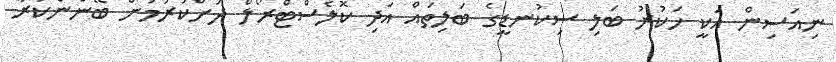
ނިއަސިން އަކީ ހަކުރު ބަލި ސިކުނޑީގެ ބަލިތައް އަދި ކޮލެސްޓްރޯލް ދަށްކުރުމަށް ބޭނުންކުރާ